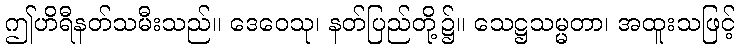
ဤဟိရီနတ်သမီးသည်။ ဒေဝေသု၊ နတ်ပြည်တို့၌။ သေဋ္ဌသမ္မတာ၊ အထူးသဖြင့်